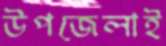
উপজেলাই